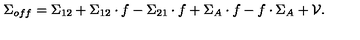
\Sigma _ { o f f } = \Sigma _ { 1 2 } + \Sigma _ { 1 2 } \cdot f - \Sigma _ { 2 1 } \cdot f + \Sigma _ { A } \cdot f - f \cdot \Sigma _ { A } + { \cal V } .